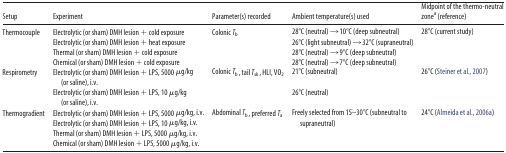
| Setup | Experiment | Parameter(s) recorded | Ambient temperature(s) used | Midpoint of the thermo-neutral zonea (reference) |
 | --- | --- | --- | --- | --- |
 | Thermocouple | Electrolytic (or sham) DMH lesion + cold exposure | Colonic Tb | 28°C (neutral) → 10°C (deep subneutral) | 28°C (current study) |
 |  | Electrolytic (or sham) DMH lesion + heat exposure |  | 26°C (light subneutral) → 32°C (supraneutral) |  |
 |  | Thermal (or sham) DMH lesion + cold exposure |  | 28°C (neutral) → 9°C (deep subneutral) |  |
 |  | Chemical (or sham) DMH lesion + cold exposure |  | 28°C (neutral) → 7°C (deep subneutral) |  |
 | Respirometry | Electrolytic (or sham) DMH lesion + LPS, 5000 μg/kg (or saline), i.v. | Colonic Tb, tail Tsk, HLI, VO2 | 21°C (subneutral) | 26°C (Steiner et al., 2007) |
 |  | Electrolytic (or sham) DMH lesion + LPS, 10 μg/kg (or saline), i.v. |  | 26°C (neutral) |  |
 | <ROWSPAN=2> Thermogradient | Electrolytic (or sham) DMH lesion + LPS, 5000 μg/kg, i.v. | <ROWSPAN=2> Abdominal Tb, preferred Ta | <ROWSPAN=2> Freely selected from 15–30°C (subneutral to supraneutral) | <ROWSPAN=2> 24°C (Almeida et al., 2006a) |
 | Electrolytic (or sham) DMH lesion + LPS, 10 μg/kg, i.v. |
 |  | Thermal (or sham) DMH lesion + LPS, 5000 μg/kg, i.v. |  |  |  |
 |  | Chemical (or sham) DMH lesion + LPS, 5000 μg/kg, i.v. |  |  |  |